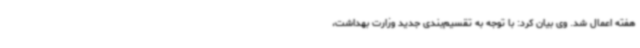
هفته اعمال شد. وی بیان کرد: با توجه به تقسیم‌بندی جدید وزارت بهداشت،